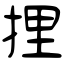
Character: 捚